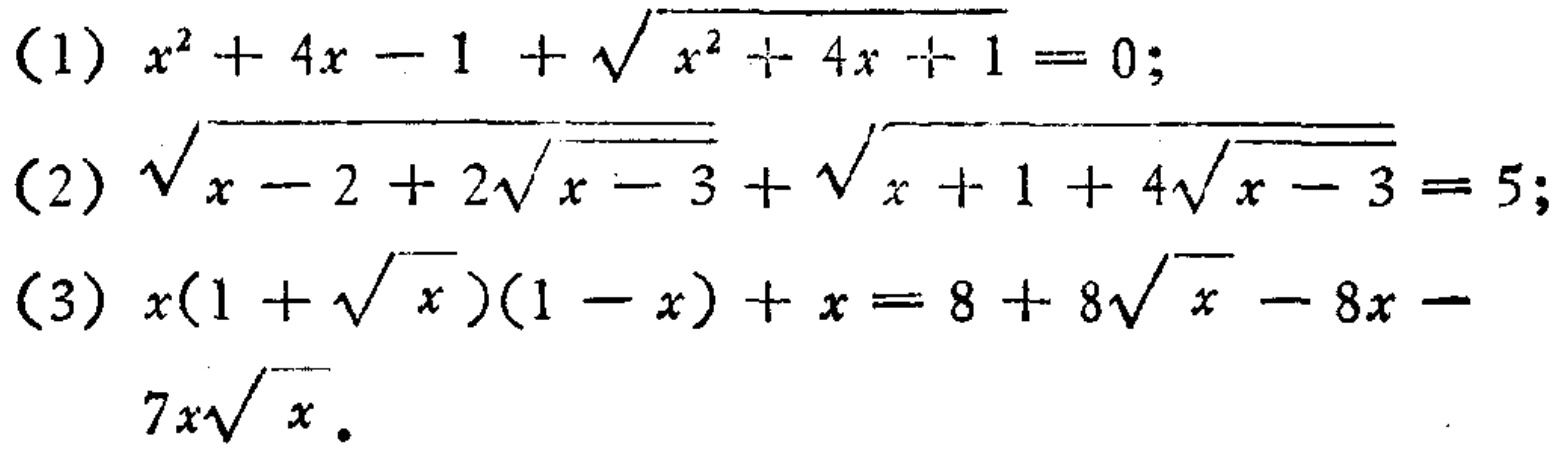
(1) \(x^{2}+4x - 1+\sqrt{x^{2}+4x + 1}=0\);
(2) \(\sqrt{x - 2+2\sqrt{x - 3}}+\sqrt{x + 1+4\sqrt{x - 3}}=5\);
(3) \(x(1+\sqrt{x})(1 - x)+x=8 + 8\sqrt{x}-8x-7x\sqrt{x}\).